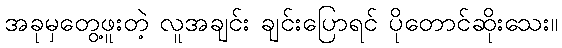
အခုမှတွေ့ဖူးတဲ့ လူအချင်း ချင်းပြောရင် ပိုတောင်ဆိုးသေး။